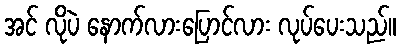
အင် လိုပဲ နောက်လားပြောင်လား လုပ်ပေးသည်။